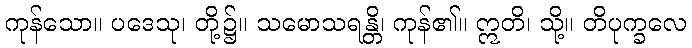
ကုန်သော။ ပဒေသု၊ တို့၌။ သမောသရန္တိ၊ ကုန်၏။ ဣတိ၊ သို့။ တိပုက္ခလေ